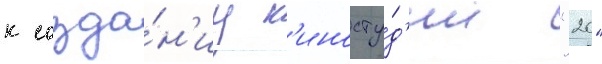
к созда́н'иу к'иносту́д'ии "20"